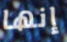
إنها